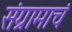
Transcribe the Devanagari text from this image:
संग्रामाचं